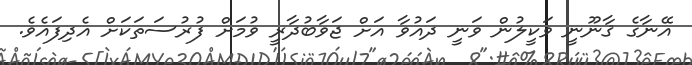
އޭނާގެ ޤާނޫނީ ވަކީލުން ވަނީ ދައުވާ އަށް ޖަވާބުދާރީ ވުމަށް ފުރުސަތަކަށް އެދިފައެވެ.